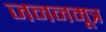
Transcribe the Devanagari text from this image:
जननमूत्र